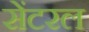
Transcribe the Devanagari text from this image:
सेंटरल